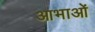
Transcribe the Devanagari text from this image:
आभाओं